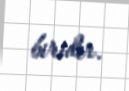
biridir.